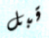
قبل